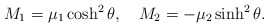
\begin{align*}M_1=\mu_1 \cosh^2\theta,\quad M_2=-\mu_2 \sinh^2\theta.\end{align*}